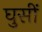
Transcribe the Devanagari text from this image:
घुसीं